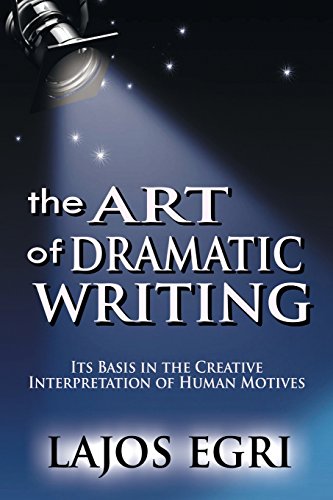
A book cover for Art Of Dramatic Writing: Its Basis in the Creative Interpretation of Human Motives; Lajos Egri; Humor & Entertainment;